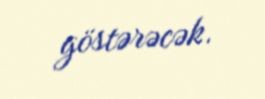
göstərəcək.